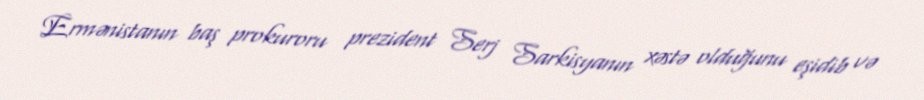
Ermənistanın baş prokuroru prezident Serj Sarkisyanın xəstə olduğunu eşidib və